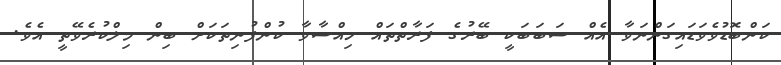
ކަންބޮޑުވެވަޑައިގަންނަވާ އެއް ސަބަބަކީ ބޭރުގެ ފަރާތްތައް ހިއްސާވާ ކުންފުނިތަކަށް ބިން މިލްކުރެވޭތީ އެވެ.